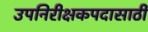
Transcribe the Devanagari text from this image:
उपनिरीक्षकपदासाठी